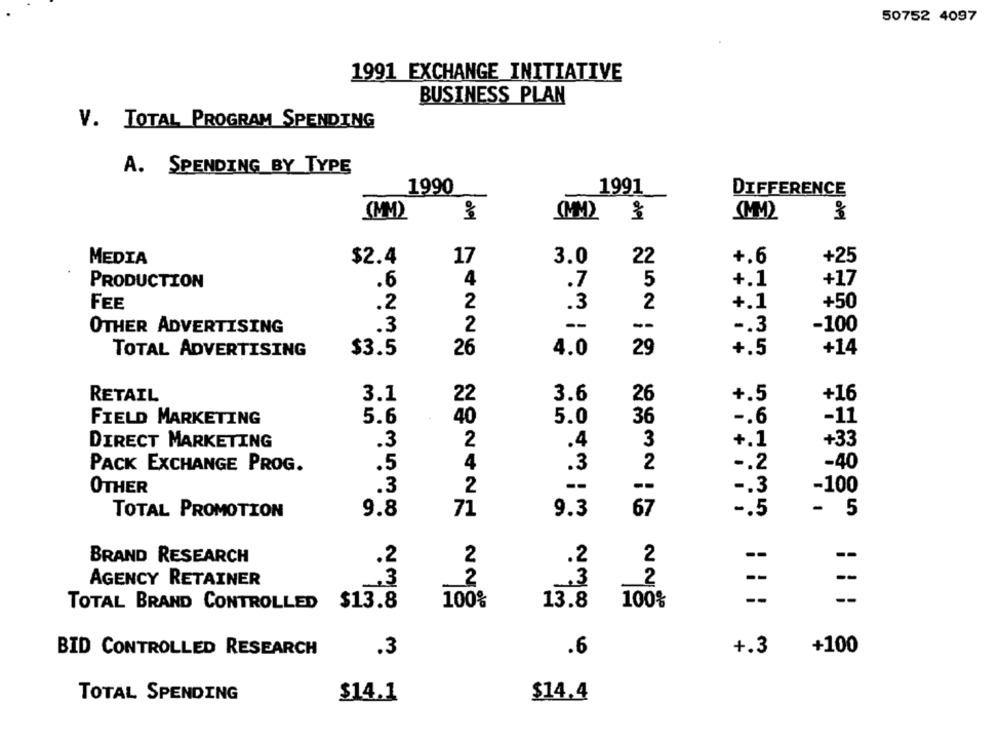
50752 4097
1991 EXCHANGE INITIATIVE
BUSINESS PLAN
V. TOTAL PROGRAM SPENDING
A. SPENDING BY TYPE
1990
1991
DIFFERENCE
(MM)
(MM)
$2.4
17
3.0
22
+.6
+25
MEDIA
.6
4
.7
5
+.1
+17
PRODUCTION
.2
2
.3
2
+.1
+50
FEE
.3
2
--
-100
OTHER ADVERTISING
--
-. 3
TOTAL ADVERTISING
$3.5
26
4.0
29
+.5
+14
RETAIL
3.1
22
3.6
26
+.5
+16
FIELD MARKETING
5.6
40
5.0
36
-. 6
-11
DIRECT MARKETING
.3
2
.4
3
+.1
+33
PACK EXCHANGE PROG.
.5
4
.3
2
-. 2
-40
OTHER
.3
2
--
--
-100
-. 3
TOTAL PROMOTION
9.8
71
9.3
67
-. 5
- 5
2
BRAND RESEARCH
.2
2
.2
--
--
--
AGENCY RETAINER
.3
2
.3
2
--
--
TOTAL BRAND CONTROLLED $13.8
100%
13.8
100%
BID CONTROLLED RESEARCH
.3
.6
+.3
+100
TOTAL SPENDING
$14.1
$14.4